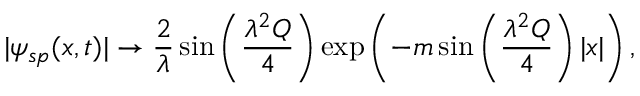
| \psi _ { s p } ( x , t ) | \rightarrow \frac { 2 } { \lambda } \sin \left( \frac { \lambda ^ { 2 } Q } { 4 } \right) \exp \left( - m \sin \left( \frac { \lambda ^ { 2 } Q } { 4 } \right) | x | \right) ,